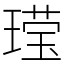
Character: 𬎆